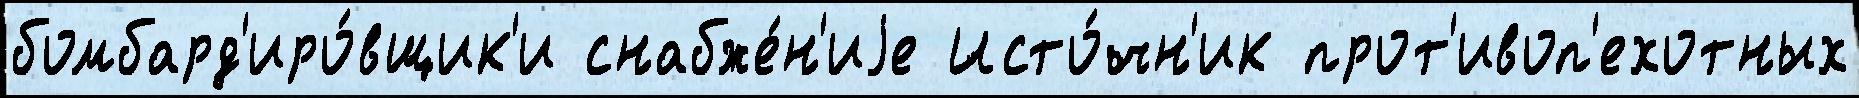
бомбард'иро́вщик'и снабже́н'иjе Исто́чн'ик прот'ивоп'ехотных